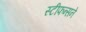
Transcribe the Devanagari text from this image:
स्टीफन्सने